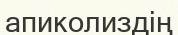
апиколиздің